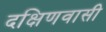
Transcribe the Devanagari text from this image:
दक्षिणवासी